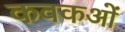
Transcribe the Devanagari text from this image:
कवकओं